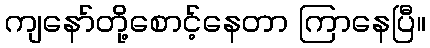
ကျနော်တို့စောင့်နေတာ ကြာနေပြီ။